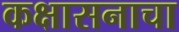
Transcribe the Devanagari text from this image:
कक्षासनाचा